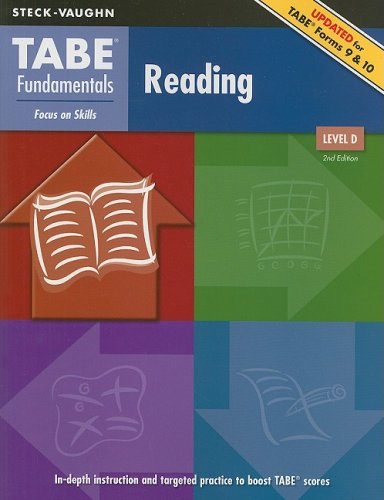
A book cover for TABE Fundamentals: Student Edition Reading, Level D Reading, Level D; STECK-VAUGHN; Test Preparation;